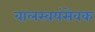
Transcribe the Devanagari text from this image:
बालस्वयंसेवक